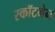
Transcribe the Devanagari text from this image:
स्कॉटमेन